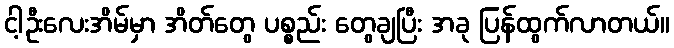
ငါ့ဦးလေးအိမ်မှာ အိတ်တွေ ပစ္စည်း တွေချပြီး အခု ပြန်ထွက်လာတယ်။